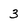
Character: 3